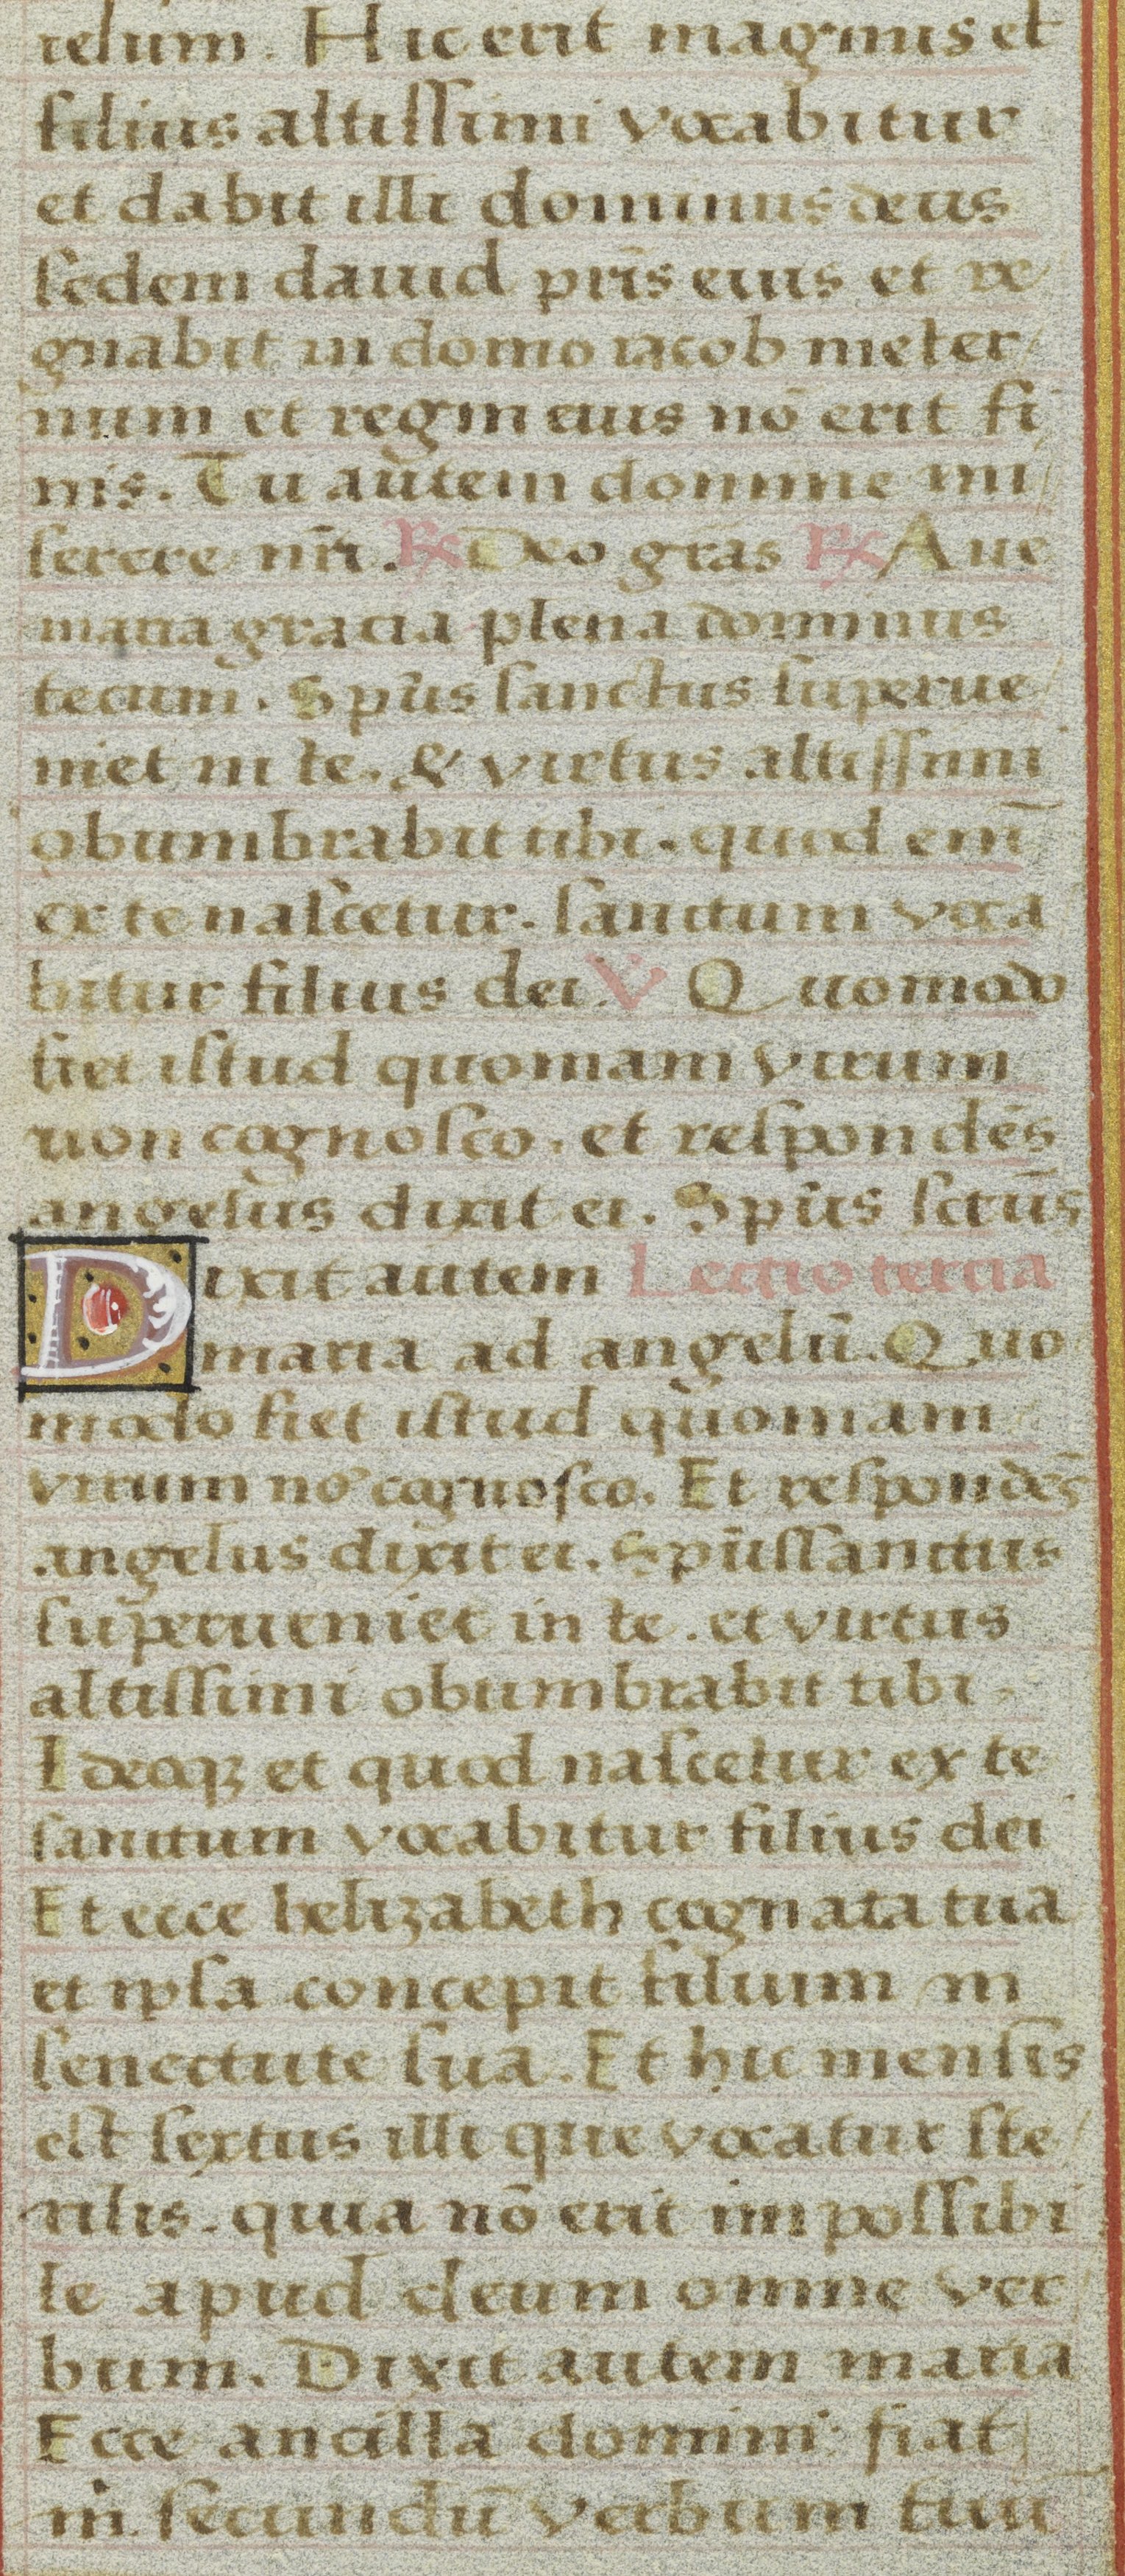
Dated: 1525–1549